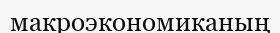
макроэкономиканың